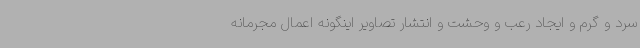
سرد و گرم و ایجاد رعب و وحشت و انتشار تصاویر اینگونه اعمال مجرمانه